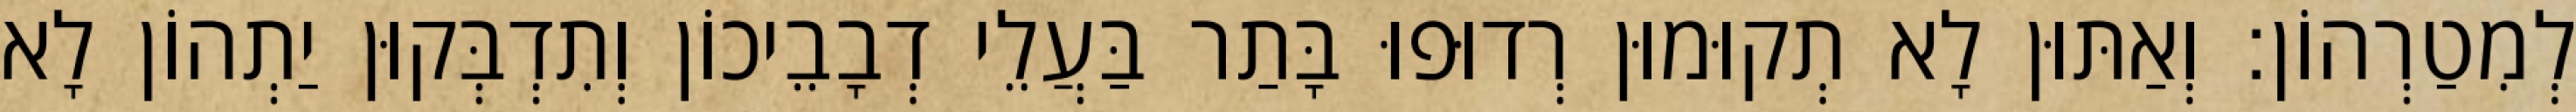
לְמִטַרְהוֹן׃ וְאַתּוּן לָא תְקוּמוּן רְדוּפוּ בָּתַר בַּעֲלֵי דְבָבֵיכוֹן וְתִדְבְּקוּן יַתְהוֹן לָא